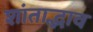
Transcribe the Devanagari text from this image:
शांताद्भाव